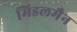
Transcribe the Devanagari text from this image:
मिडलमैन